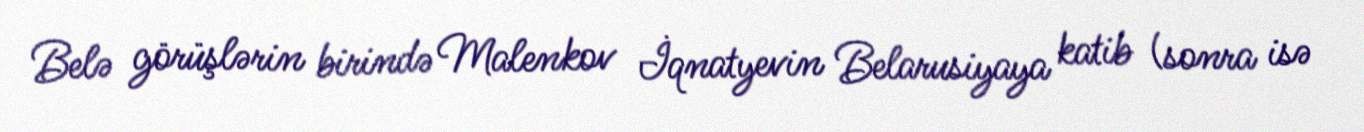
Belə görüşlərin birində Malenkov İqnatyevin Belarusiyaya katib (sonra isə